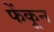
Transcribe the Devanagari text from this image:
फेंकून